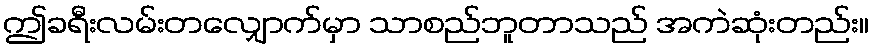
ဤခရီးလမ်းတလျှောက်မှာ သာစည်ဘူတာသည် အကဲဆုံးတည်း။